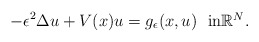
\begin{align*}-\epsilon^2\Delta u + V(x)u = g_\epsilon(x,u) \ \ \mbox{in$\mathbb{R}^N$}. \end{align*}